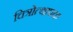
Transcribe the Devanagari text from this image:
चित्रोत्थापक